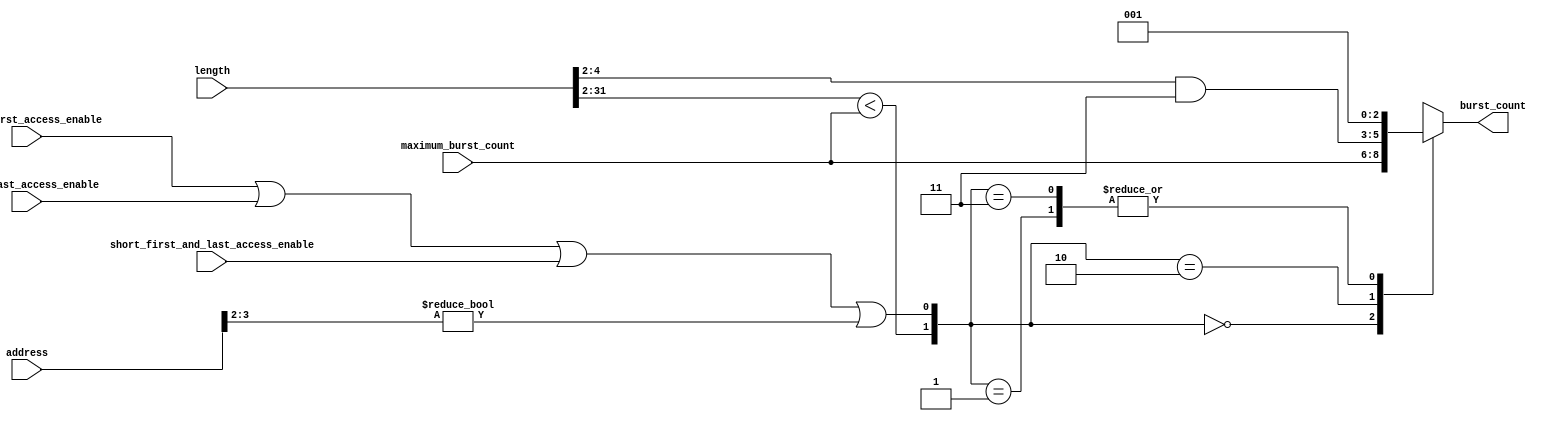
module read_burst_control (
  address,
  length,
  maximum_burst_count,
  short_first_access_enable,
  short_last_access_enable,
  short_first_and_last_access_enable,

  burst_count
);

  parameter BURST_ENABLE = 1;      // set to 0 to hardwire the address and write signals straight out
  parameter BURST_COUNT_WIDTH = 3;
  parameter WORD_SIZE_LOG2 = 2;    // log2(DATA WIDTH/8)
  parameter ADDRESS_WIDTH = 32;
  parameter LENGTH_WIDTH = 32;
  parameter BURST_WRAPPING_SUPPORT = 1;  // set 1 for on, set 0 for off.  This parameter can't be enabled when hte master supports programmable burst.
  localparam BURST_OFFSET_WIDTH = (BURST_COUNT_WIDTH == 1)? 1: (BURST_COUNT_WIDTH-1);

  input [ADDRESS_WIDTH-1:0] address;
  input [LENGTH_WIDTH-1:0] length;
  input [BURST_COUNT_WIDTH-1:0] maximum_burst_count;  // will be either a hardcoded input or programmable
  input short_first_access_enable;
  input short_last_access_enable;
  input short_first_and_last_access_enable;

  output wire [BURST_COUNT_WIDTH-1:0] burst_count;


  wire [BURST_COUNT_WIDTH-1:0] posted_burst;   // when the burst statemachine is used this will be the burst count posted to the fabric
  reg [BURST_COUNT_WIDTH-1:0] internal_burst_count;  // muxes posted_burst, posted_burst_d1, and '1' since we need to be able to post bursts of '1' for short accesses
  wire burst_of_one_enable;     // asserted when partial word accesses are occuring
  wire short_burst_enable;
  wire [BURST_OFFSET_WIDTH-1:0] burst_offset;


  assign burst_offset = address[BURST_OFFSET_WIDTH+WORD_SIZE_LOG2-1:WORD_SIZE_LOG2];

  // for unaligned or partial transfers we must use a burst length of 1 so that 
  assign burst_of_one_enable = (short_first_access_enable == 1) | (short_last_access_enable == 1) | (short_first_and_last_access_enable == 1) |  // when performing partial accesses use a burst length of 1
                               ((BURST_WRAPPING_SUPPORT == 1) & (burst_offset != 0));  // when the burst boundary offset is non-zero then the master isn't in burst alignment yet as so a burst of 1 needs to be posted
  assign short_burst_enable = ((length >> WORD_SIZE_LOG2) < maximum_burst_count);

generate
  if ((BURST_ENABLE == 1) & (BURST_COUNT_WIDTH > 1))
  begin
   
    always @ (maximum_burst_count or length or short_burst_enable or burst_of_one_enable)
    begin
    case ({short_burst_enable, burst_of_one_enable})
      2'b00 : internal_burst_count = maximum_burst_count;
      2'b01 : internal_burst_count = 1;  // this is when the master starts unaligned
      2'b10 : internal_burst_count = ((length >> WORD_SIZE_LOG2) & {(BURST_COUNT_WIDTH-1){1'b1}});  // this could be followed by a burst of 1 if there are a few bytes leftover
      2'b11 : internal_burst_count = 1;  // burst of 1 needs to win, this is when the master starts with very little data to transfer
    endcase
    end
 
    assign burst_count = internal_burst_count;
  end
  else
  begin
    assign burst_count = 1;  // this will be stubbed at the top level but will be used for the address and pending reads incrementing
  end
endgenerate

endmodule